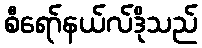
စီရော်နယ်လ်ဒိုသည်